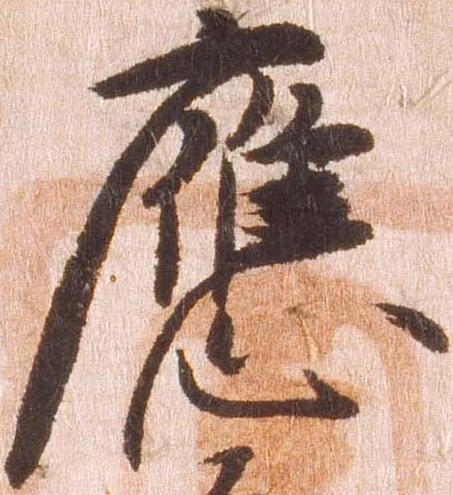
応